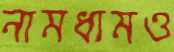
নামধামও